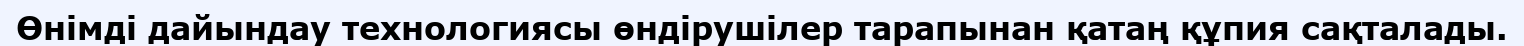
Өнімді дайындау технологиясы өндірушілер тарапынан қатаң құпия сақталады.